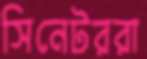
সিনেটররা